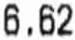
6.62